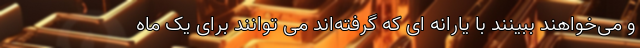
و می‌خواهند ببینند با یارانه ای که گرفته‌اند می توانند برای یک ماه